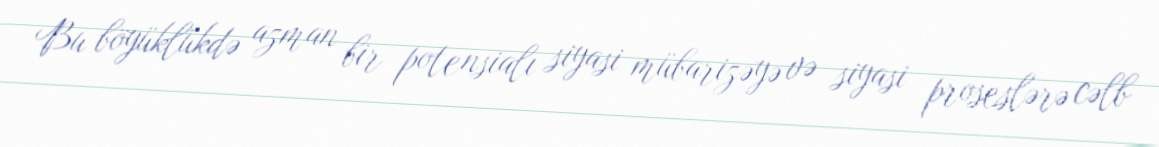
Bu böyüklükdə azman bir potensialı siyasi mübarizəyə və siyasi proseslərə cəlb